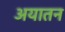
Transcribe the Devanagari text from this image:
अयातन